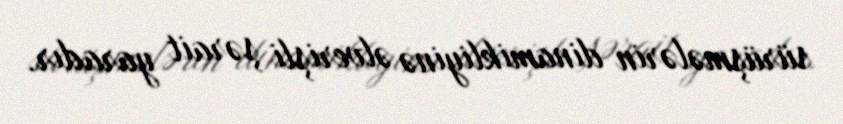
sürüşmələrin dinamikliyinə əlverişli şərait yaradır.